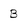
Character: B